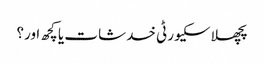
پچھلا سکیورٹی خدشات یا کچھ اور؟